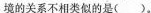
境的关系不相类似的是( ).